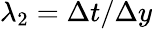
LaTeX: \lambda_{2}=\Delta t/\Delta y